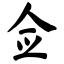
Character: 佥